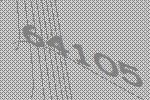
64105